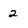
Character: 2